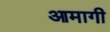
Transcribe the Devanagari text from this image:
आमागी